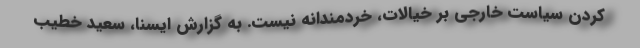
کردن سیاست خارجی بر خیالات، خردمندانه نیست. به گزارش ایسنا، سعید خطیب